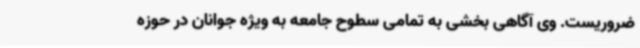
ضروریست. وی آگاهی بخشی به تمامی سطوح جامعه به ویژه جوانان در حوزه